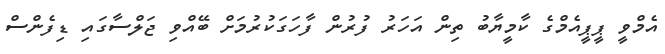
އެމްވީ ޕީޕީއެމްގެ ކާމީޔާބު ތިން އަހަރު ފުރުން ފާހަގަކުރުމަށް ބޭއްވި ޖަލްސާގައި ޑިފެންސް